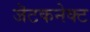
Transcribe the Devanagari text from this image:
जॆटकनेक्ट